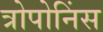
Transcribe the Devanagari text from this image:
त्रोपोनिंस